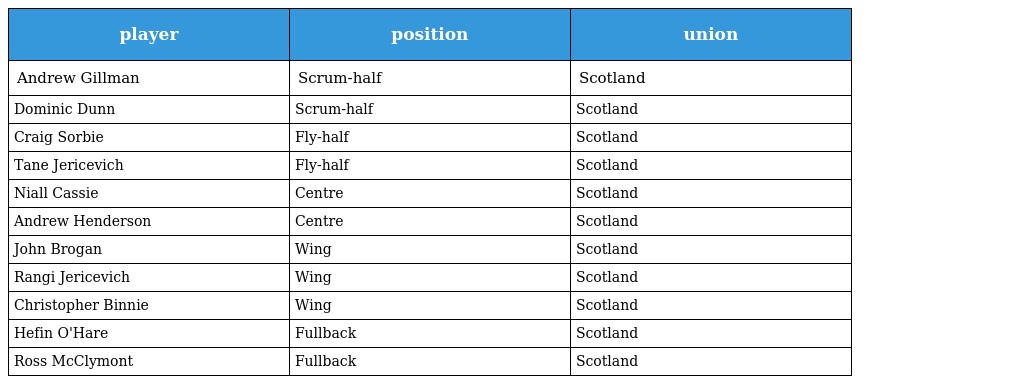
| player | position | union |
 | --- | --- | --- |
 | Andrew Gillman | Scrum-half | Scotland |
 | Dominic Dunn | Scrum-half | Scotland |
 | Craig Sorbie | Fly-half | Scotland |
 | Tane Jericevich | Fly-half | Scotland |
 | Niall Cassie | Centre | Scotland |
 | Andrew Henderson | Centre | Scotland |
 | John Brogan | Wing | Scotland |
 | Rangi Jericevich | Wing | Scotland |
 | Christopher Binnie | Wing | Scotland |
 | Hefin O'Hare | Fullback | Scotland |
 | Ross McClymont | Fullback | Scotland |